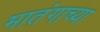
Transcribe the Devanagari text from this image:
मातंगाच्या